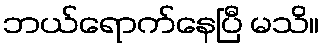
ဘယ်ရောက်နေပြီ မသိ။